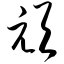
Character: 顽